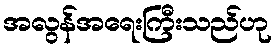
အလွန်အရေးကြီးသည်ဟု